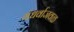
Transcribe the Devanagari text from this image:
गंधर्वाजवळ